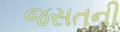
જસતની